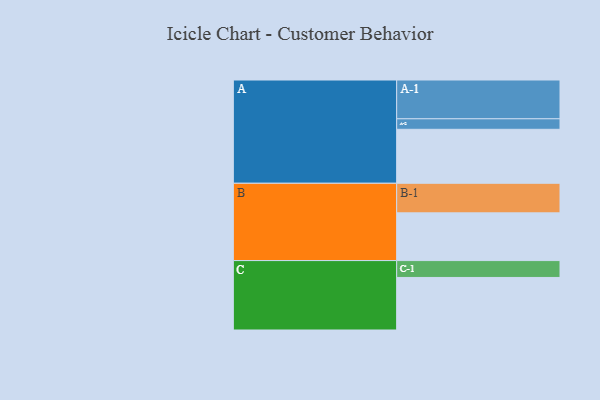
{"axis": {"x": "Segment", "y": "Value"}, "legend": ["", "A", "B", "C"], "data": [{"x": "A", "y": 416, "type": ""}, {"x": "B", "y": 368, "type": ""}, {"x": "C", "y": 405, "type": ""}, {"x": "A-1", "y": 299, "type": "A"}, {"x": "A-2", "y": 81, "type": "A"}, {"x": "B-1", "y": 228, "type": "B"}, {"x": "C-1", "y": 130, "type": "C"}]}